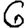
Digit: 6